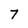
Character: 7